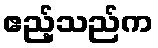
ဧည့်သည်က